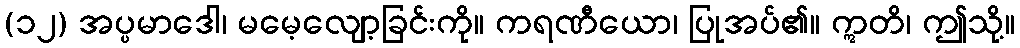
(၁၂) အပ္ပမာဒေါ၊ မမေ့လျော့ခြင်းကို။ ကရဏီယော၊ ပြုအပ်၏။ ဣတိ၊ ဤသို့။